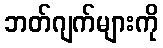
ဘတ်ဂျက်များကို